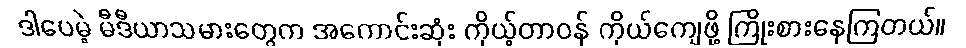
ဒါပေမဲ့ မီဒီယာသမားတွေက အကောင်းဆုံး ကိုယ့်တာဝန် ကိုယ်ကျေဖို့ ကြိုးစားနေကြတယ်။